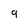
Character: 9